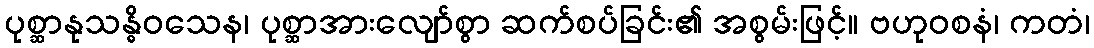
ပုစ္ဆာနုသန္ဓိဝသေန၊ ပုစ္ဆာအားလျော်စွာ ဆက်စပ်ခြင်း၏ အစွမ်းဖြင့်။ ဗဟုဝစနံ၊ ကတံ၊